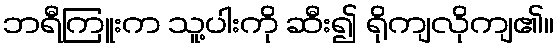
ဘရီကြူးက သူ့ပါးကို ဆီး၍ ရိုကျလိုကျ၏။